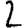
Digit: 2